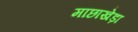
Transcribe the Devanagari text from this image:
माछाखेड़ा